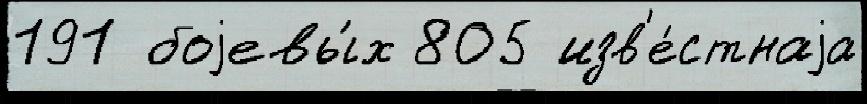
191 боjевы́х 805 изв'е́стнаjа